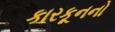
કારકૂનનો